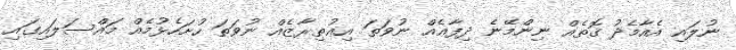
ނުލައި އެއާމެދު ގޮތެއް ނިންމޭނެ ދިފާޢެއް ނުވަތަ އިޢުތިރާޒެއް ނުވަތަ ހުށަހެޅުމެއް މައްސަލައިގައި